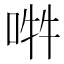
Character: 𠵮